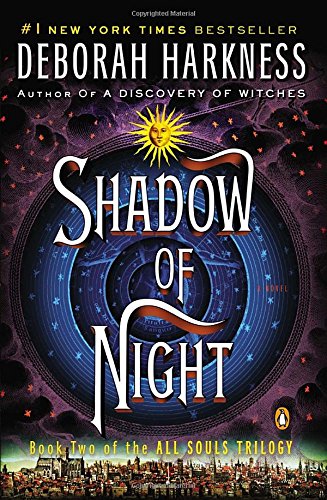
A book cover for Shadow of Night (All Souls Trilogy, Bk 2); Deborah Harkness; Mystery, Thriller & Suspense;